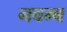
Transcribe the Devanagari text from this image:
नवम्ब